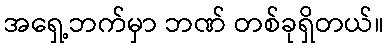
အရှေ့ဘက်မှာ ဘဏ် တစ်ခုရှိတယ်။